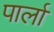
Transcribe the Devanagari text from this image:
पार्ला